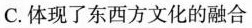
C.体现了东西方文化的融合